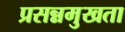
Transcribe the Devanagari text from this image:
प्रसन्नमुखता